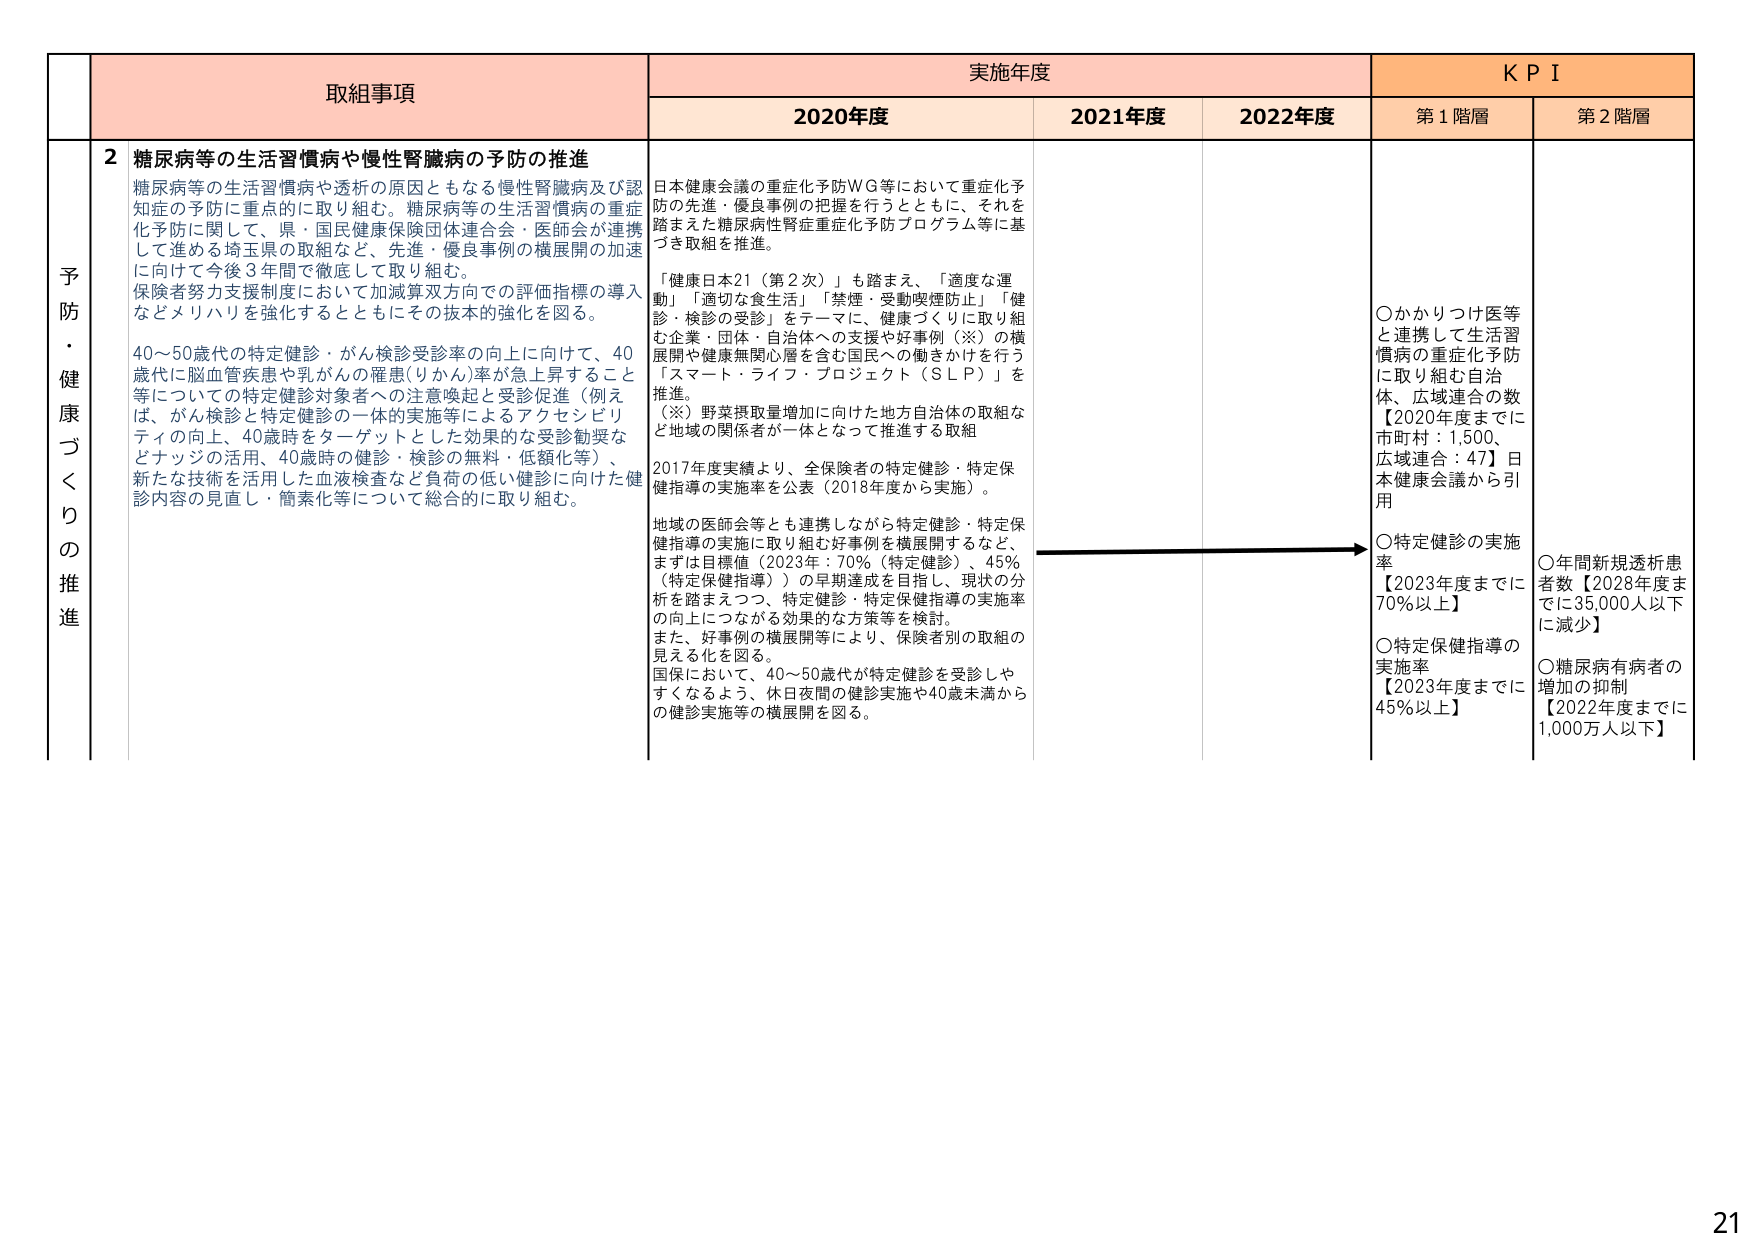
予防・健康づくりの推進

取組事項
2 糖尿病等の生活習慣病や慢性腎臓病の予防の推進
糖尿病等の生活習慣病や透析の原因ともなる慢性腎臓病及び認知症の予防に重点的に取り組む。糖尿病等の生活習慣病の重症化予防に関して、県・国民健康保険団体連合会・医師会が連携して進める埼玉県の取組など、先進・優良事例の横展開の加速に向けて今後3年間で徹底して取り組む。
保険者努力支援制度において加減算双方向での評価指標の導入などメリハリを強化するとともにその抜本的強化を図る。
40～50歳代の特定健診・がん検診受診率の向上に向けて、40歳代に脳血管疾患や乳がんの罹患(りかん)率が急上昇すること等についての特定健診対象者への注意喚起と受診促進（例えば、がん検診と特定健診の一体的実施等によるアクセシビリティの向上、40歳時をターゲットとした効果的な受診勧奨などナッジの活用、40歳時の健診・検診の無料・低額化等）、新たな技術を活用した血液検査など負荷の低い健診に向けた健診内容の見直し・簡素化等について総合的に取り組む。

実施年度
2020年度
日本健康会議の重症化予防WG等において重症化予防の先進・優良事例の把握を行うとともに、それを踏まえた糖尿病性腎症重症化予防プログラム等に基づき取組を推進。
「健康日本21（第2次）」も踏まえ、「適度な運動」「適切な食生活」「禁煙・受動喫煙防止」「健診・検診の受診」をテーマに、健康づくりに取り組む企業・団体・自治体への支援や好事例（※）の横展開や健康無関心層を含む国民への働きかけを行う「スマート・ライフ・プロジェクト（SLP）」を推進。
（※）野菜摂取量増加に向けた地方自治体の取組など地域の関係者が一体となって推進する取組
2017年度実績より、全保険者の特定健診・特定保健指導の実施率を公表（2018年度から実施）。
地域の医師会等とも連携しながら特定健診・特定保健指導の実施に取り組む好事例を横展開するなど、まずは目標値（2023年：70%（特定健診）、45%（特定保健指導））の早期達成を目指し、現状の分析を踏まえつつ、特定健診・特定保健指導の実施率の向上につながる効果的な方策等を検討。
また、好事例の横展開等により、保険者別の取組の見える化を図る。
国保において、40～50歳代が特定健診を受診しやすくなるよう、休日夜間の健診実施や40歳未満からの健診実施等の横展開を図る。

2021年度

2022年度

KPI
第1階層
○かかりつけ医等と連携して生活習慣病の重症化予防に取り組む自治体、広域連合の数【2020年度までに市町村：1,500、広域連合：47】日本健康会議から引用
○特定健診の実施率【2023年度までに70%以上】
○特定保健指導の実施率【2023年度までに45%以上】

第2階層
○年間新規透析患者数【2028年度までに35,000人以下に減少】
○糖尿病有病者の増加の抑制【2022年度までに1,000万人以下】

21